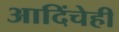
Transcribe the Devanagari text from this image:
आदिंचेही